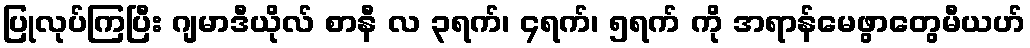
ပြုလုပ်ကြပြီး ဂျမာဒီယိုလ် စာနီ လ ၃ရက်၊ ၄ရက်၊ ၅ရက် ကို အရာန်မေဖွာတွေမီယဟ်